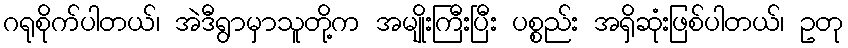
ဂရုစိုက်ပါတယ်၊ အဲဒီရွာမှာသူတို့က အမျိုးကြီးပြီး ပစ္စည်း အရှိဆုံးဖြစ်ပါတယ်၊ ဥတု